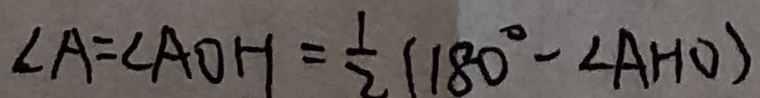
\angle A = \angle A O H = \frac { 1 } { 2 } ( 1 8 0 ^ { \circ } - \angle A H O )